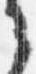
之